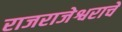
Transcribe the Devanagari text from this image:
राजराजेश्वराचे